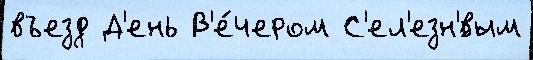
въезд Д'ень В'е́чером С'ел'езн'́вым